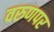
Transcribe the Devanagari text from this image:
वरुणपर